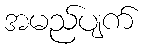
အမည်ပျက်